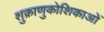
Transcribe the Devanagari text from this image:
शुक्राणुकोशिकाओं